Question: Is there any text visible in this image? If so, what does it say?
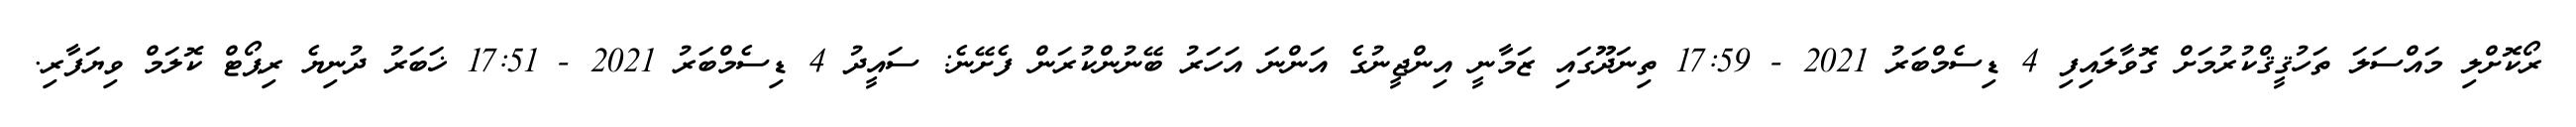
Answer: ރޯކޮށްލި މައްސަލަ ތަހުޤީޤްކުރުމަށް ގޮވާލައިފި 4 ޑިސެމްބަރު 2021 - 17:59 ތިނަދޫގައި ޒަމާނީ އިންޖީނުގެ އަންނަ އަހަރު ބޭނުންކުރަން ފެށޭނެ: ސައީދު 4 ޑިސެމްބަރު 2021 - 17:51 ޚަބަރު ދުނިޔެ ރިޕޯޓް ކޮލަމް ވިޔަފާރި.